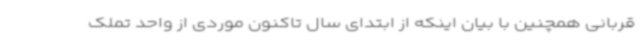
قربانی همچنین با بیان اینکه از ابتدای سال تاکنون موردی از واحد تملک